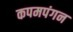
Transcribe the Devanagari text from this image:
कपमपंगन